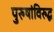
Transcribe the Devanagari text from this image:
पुरुषांविरुद्ध